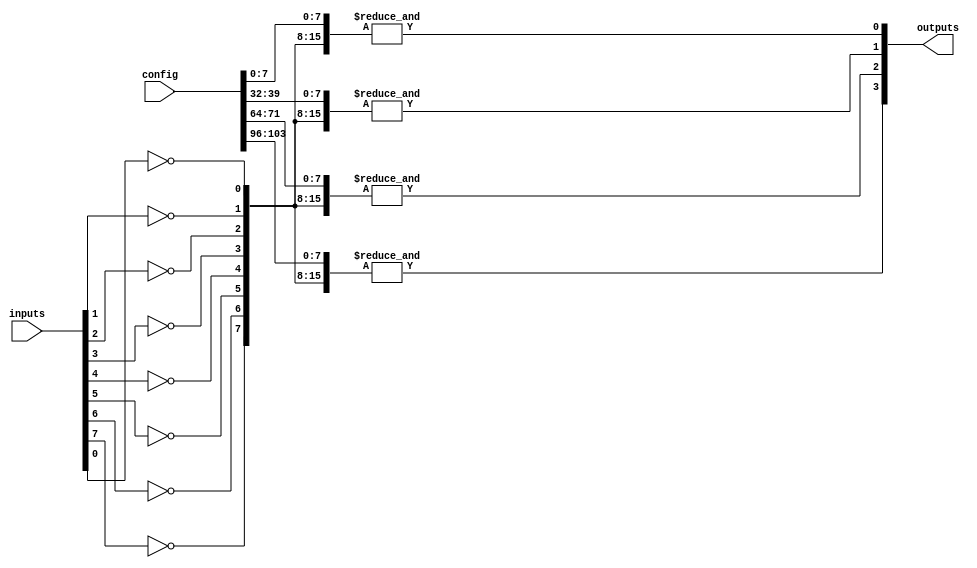
module GAL (
    input wire [N-1:0] inputs,        // Input signals
    output wire [M-1:0] outputs,      // Output signals
    input wire [P-1:0] config          // Configuration data for programmable connections
);
    parameter N = 8;                   // Number of input signals
    parameter M = 4;                   // Number of output signals
    parameter K = 16;                  // Number of AND gates
    parameter P = K * N;               // Configuration bits for AND gates

    // AND array
    wire [K-1:0] and_outputs;          // Outputs of the AND gates
    wire [N-1:0] input_complement;     // Complemented inputs

    // Generate complemented inputs
    genvar i;
    generate
        for (i = 0; i < N; i = i + 1) begin : gen_complement
            assign input_complement[i] = ~inputs[i];
        end
    endgenerate

    // Programmable AND gates
    genvar j;
    generate
        for (j = 0; j < K; j = j + 1) begin : gen_and
            wire [N-1:0] and_input;     // Inputs for each AND gate
            assign and_input = config[j*N +: N]; // Select inputs based on config
            assign and_outputs[j] = &({and_input, input_complement}); // AND operation
        end
    endgenerate

    // Fixed OR array
    assign outputs[0] = or_gate(and_outputs[0], and_outputs[1], and_outputs[2], and_outputs[3]);
    assign outputs[1] = or_gate(and_outputs[4], and_outputs[5], and_outputs[6], and_outputs[7]);
    assign outputs[2] = or_gate(and_outputs[8], and_outputs[9], and_outputs[10], and_outputs[11]);
    assign outputs[3] = or_gate(and_outputs[12], and_outputs[13], and_outputs[14], and_outputs[15]);

    // OR gate function
    function or_gate;
        input [3:0] in;
        begin
            or_gate = in[0] | in[1] | in[2] | in[3];
        end
    endfunction

endmodule